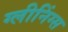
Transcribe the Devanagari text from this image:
ग्लीनिंग्स